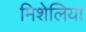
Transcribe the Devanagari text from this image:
मिशेलिया